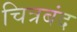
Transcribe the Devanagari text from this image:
चित्रबंद